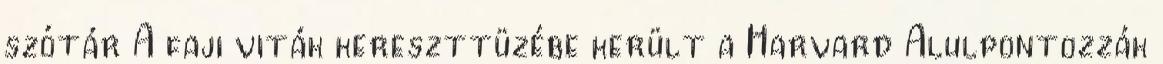
szótár A faji viták kereszttüzébe került a Harvard Alulpontozzák